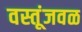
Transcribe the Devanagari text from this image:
वस्तूंजवळ